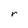
Character: r